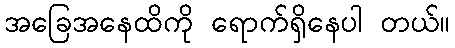
အခြေအနေထိကို ရောက်ရှိနေပါ တယ်။